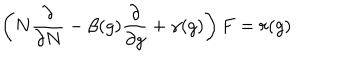
\left( N { \frac { \partial } { \partial N } } - \beta ( g ) { \frac { \partial } { \partial g } } + \gamma ( g ) \right) F = r ( g )